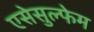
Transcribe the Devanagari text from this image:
एसेसुल्फेम